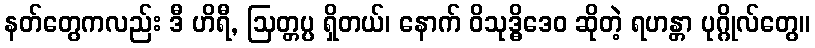
နတ်တွေကလည်း ဒီ ဟိရီ, ဩတ္တပ္ပ ရှိတယ်၊ နောက် ဝိသုဒ္ဓိဒေဝ ဆိုတဲ့ ရဟန္တာ ပုဂ္ဂိုလ်တွေ။